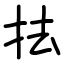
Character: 抾